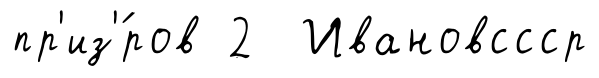
пр'из'́ров 2 Ивановссср